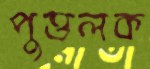
পুত্তলক